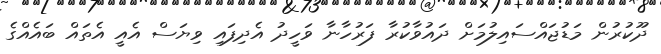
ދޫކުރުން މަޑުޖައްސައިލުމަށް ދައުވާކުރާ ފަރުހާނާ ވަހީދު އެދިފައި ވިޔަސް އެއީ އެތައް ބައެއްގެ